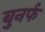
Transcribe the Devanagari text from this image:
बुनर्फ